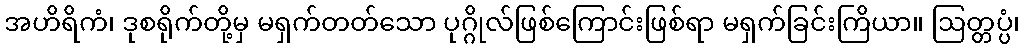
အဟိရိကံ၊ ဒုစရိုက်တို့မှ မရှက်တတ်သော ပုဂ္ဂိုလ်ဖြစ်ကြောင်းဖြစ်ရာ မရှက်ခြင်းကြိယာ။ ဩတ္တပ္ပံ၊